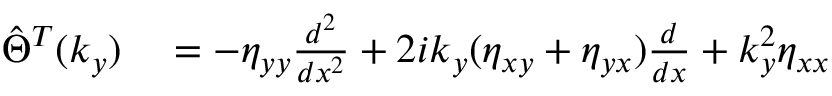
\begin{array} { r l } { \hat { \Theta } ^ { T } ( k _ { y } ) } & { { } = - \eta _ { y y } \frac { d ^ { 2 } } { d x ^ { 2 } } + 2 i k _ { y } ( \eta _ { x y } + \eta _ { y x } ) \frac { d } { d x } + k _ { y } ^ { 2 } \eta _ { x x } } \end{array}